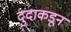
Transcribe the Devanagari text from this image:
दुदाकडून